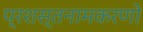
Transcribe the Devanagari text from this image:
प्रशस्तनामकरणो